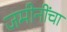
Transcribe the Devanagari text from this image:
जमीनींचा